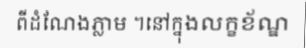
ពីដំណែងភ្លាម ។នៅក្នុងលក្ខខ័ណ្ឌ